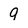
Character: q